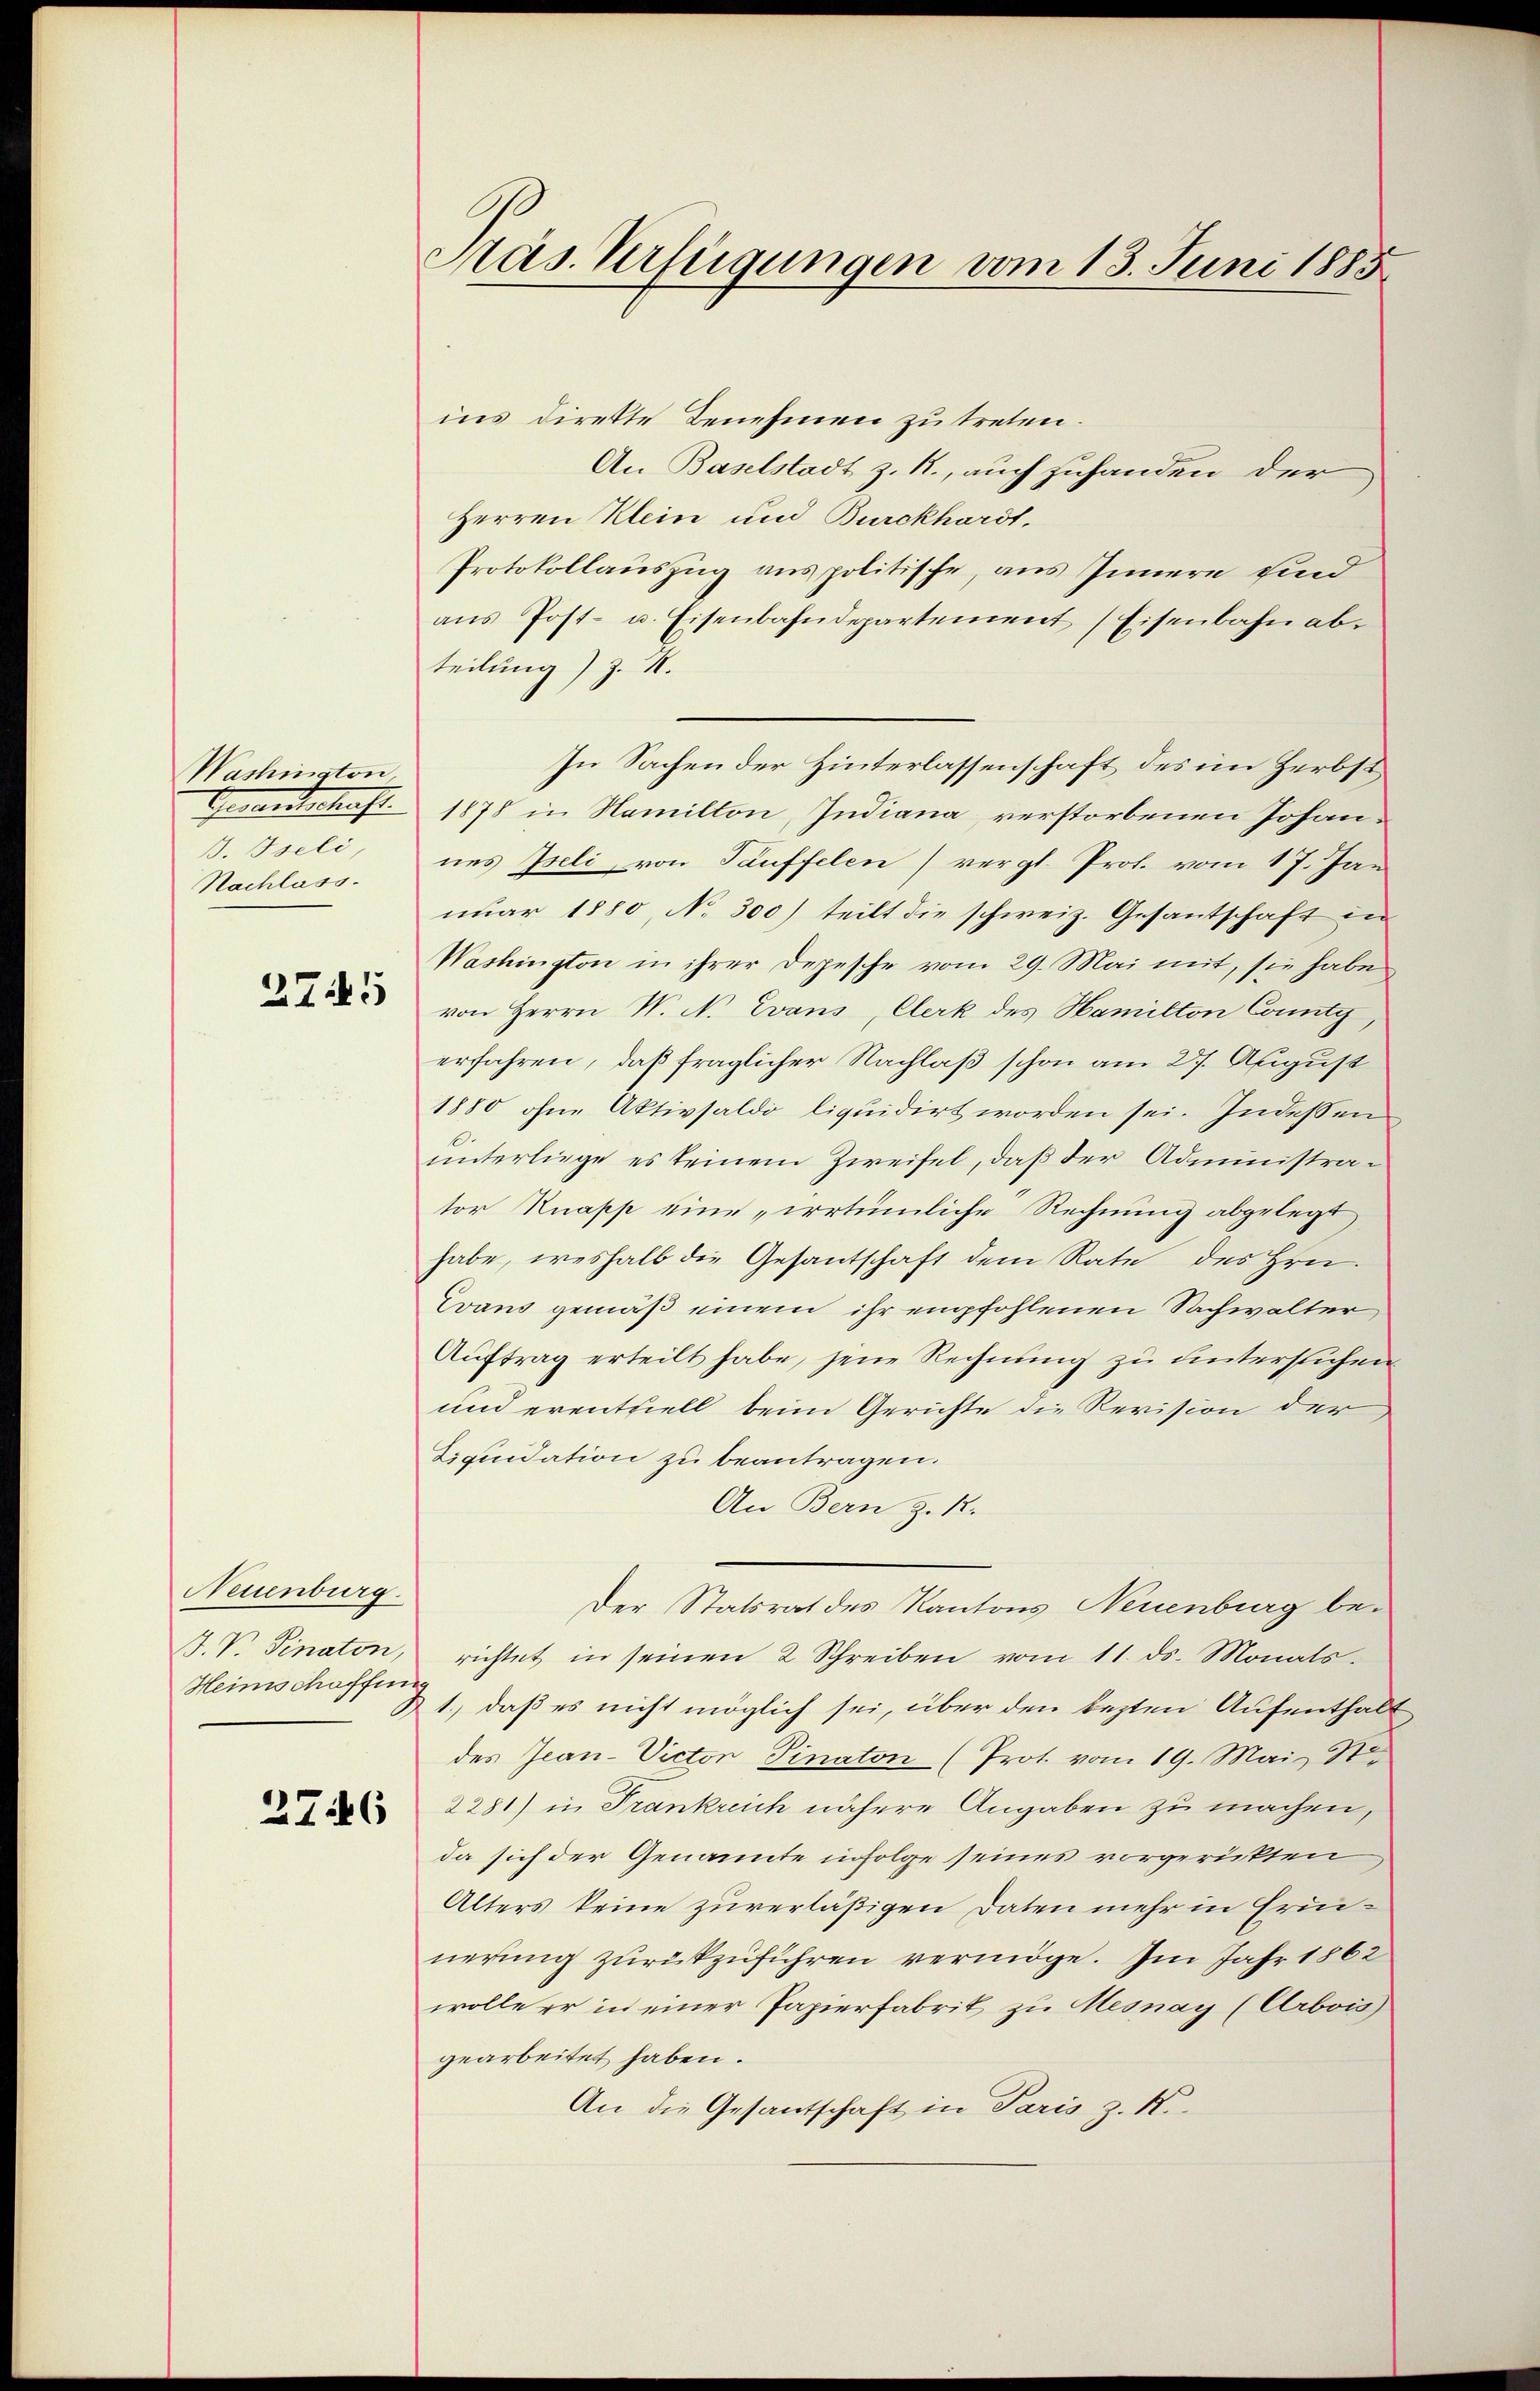
Washington,
Gewandtschaft.
d. Pauli
Nachlass.

2745

Neuenburg.
J. V. Sinaton,
Heimschaffung

2746

Pas. Verfügungen vom 13. Juni 1885

ins dirette Benehmen zu treten.
An Baselstadt z. R., auch zuhanden der
Herren Klein und Burckhardt.
Protokollauszug aus politische, aus Innern sind
ans Post- u. Eisenbahndepartement Eisenbahn ab-
teilung) z. R.
In Sachen der Hinterlassenschaft des im Herbst
1878 in Namilton Indiana, verstorbenen Johannes Iseli, von Tauffelen vergl. Prof. vom 17. Jan
nuar 1880, No 300) teilt die schweiz. Gesantschaft in
Washington in ihrer Depesche vom 29. Mai mit, sie habe
von Herrn N. N. Evans, Clerk des Hamilton County,
erfahren, daß fraglicher Nachlaß schon am 27. August
1880 ohne Aktivsaldo liquidirt worden sei. Indessen
unterliege es seinem Zweifel, daß der Administrator Knapp eine „irrtümliche Rechnung abgelegt
habe, weshalb die Gesantschaft dem Rate des Hrn.
Evaus gemäß einem ihr empfohlenen Sachwalter
Auftrag erteilt habe, jene Rechnung zu untersuchen
und erentziell beim Gerichte die Revision der
Liquidation zu beantragen.
An Bern z. R.
Der Statsrat des Kantons Neuenburg berichtet in seinen 2 Schreiben vom 11. ds. Monats
& 1., daß es nicht möglich sei, über den lezten Aufenthalt
des Jean-Victor Pinaton (Prot. vom 19. Mai St.
2281) in Frankreich nähere Angaben zu machen,
da sich der Genannte infolge seines vorgerichten
Alters keine zuverläßigen Daten mehr in Freinerung zurückzuführen vermöge. Im Jahr 1862
wolle er in einer Papierfabrik zu Mesnay (Arbois
gearbeitet haben.
An die Gesantschaft in Paris z. R.